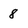
Character: 8